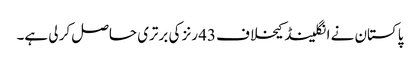
پاکستان نے انگلینڈ کیخلاف 43 رنز کی برتری حاصل کر لی ہے۔